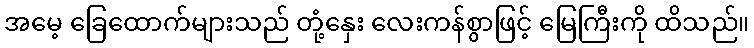
အမေ့ ခြေထောက်များသည် တုံ့နှေး လေးကန်စွာဖြင့် မြေကြီးကို ထိသည်။